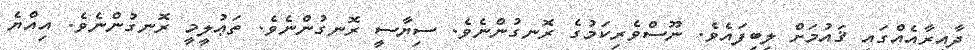
ދާއިރާއެއްގައި ޤައުމަށް ލިބިފައެވެ. ނޫސްވެރިކަމުގެ ރޮނގުންނެވެ. ސިޔާސީ ރޮނގުންނެވެ. ތަޢުލީމީ ރޮނގުންނެވެ. އިއްޔެ